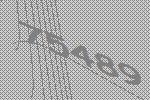
75489